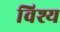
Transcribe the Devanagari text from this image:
विश्य